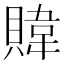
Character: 𫎞